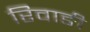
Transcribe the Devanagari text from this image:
रिवाङी